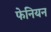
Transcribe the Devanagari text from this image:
फेनियन